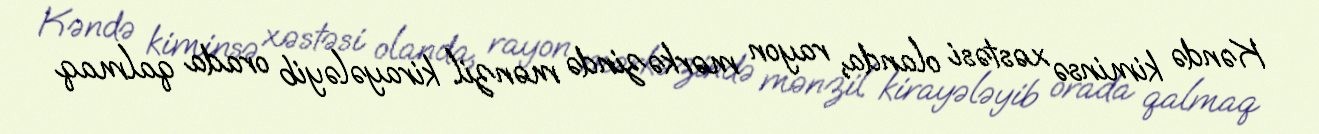
Kəndə kiminsə xəstəsi olanda, rayon mərkəzində mənzil kirayələyib orada qalmaq